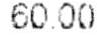
60.00